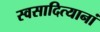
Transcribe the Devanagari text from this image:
स्वसादित्यानां